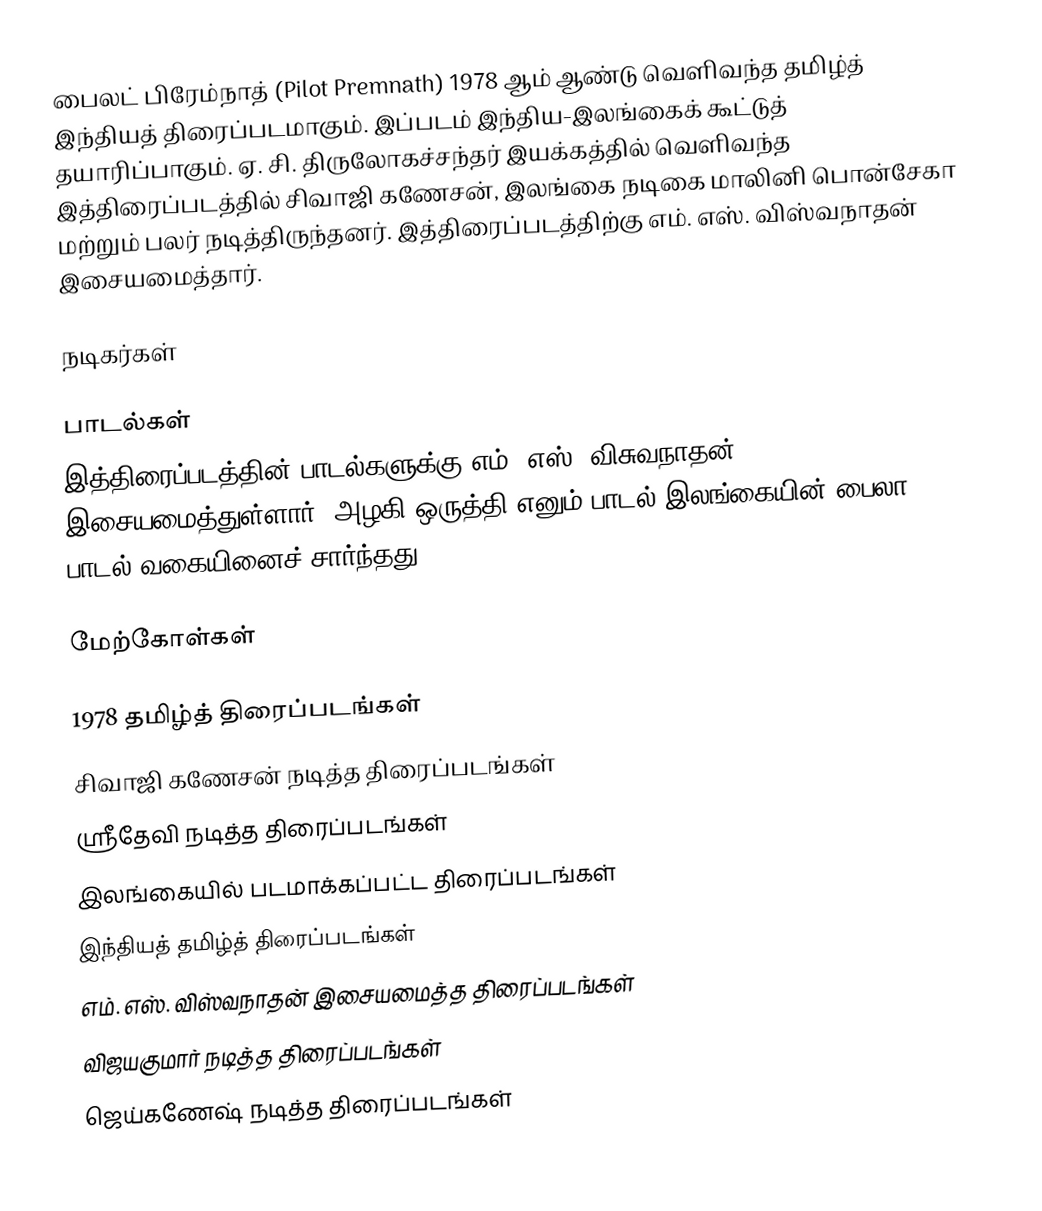
பைலட் பிரேம்நாத் (Pilot Premnath) 1978 ஆம் ஆண்டு வெளிவந்த தமிழ்த் இந்தியத் திரைப்படமாகும். இப்படம் இந்திய-இலங்கைக் கூட்டுத் தயாரிப்பாகும். ஏ. சி. திருலோகச்சந்தர் இயக்கத்தில் வெளிவந்த இத்திரைப்படத்தில் சிவாஜி கணேசன், இலங்கை நடிகை மாலினி பொன்சேகா மற்றும் பலர் நடித்திருந்தனர். இத்திரைப்படத்திற்கு எம். எஸ். விஸ்வநாதன் இசையமைத்தார்.

நடிகர்கள்

பாடல்கள்
இத்திரைப்படத்தின் பாடல்களுக்கு எம். எஸ். விசுவநாதன் இசையமைத்துள்ளார். அழகி ஒருத்தி எனும் பாடல் இலங்கையின் பைலா பாடல் வகையினைச் சார்ந்தது.

மேற்கோள்கள்

1978 தமிழ்த் திரைப்படங்கள்
சிவாஜி கணேசன் நடித்த திரைப்படங்கள்
ஸ்ரீதேவி நடித்த திரைப்படங்கள்
இலங்கையில் படமாக்கப்பட்ட திரைப்படங்கள்
இந்தியத் தமிழ்த் திரைப்படங்கள்
எம். எஸ். விஸ்வநாதன் இசையமைத்த திரைப்படங்கள்
விஜயகுமார் நடித்த திரைப்படங்கள்
ஜெய்கணேஷ் நடித்த திரைப்படங்கள்